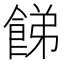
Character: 䬾